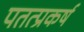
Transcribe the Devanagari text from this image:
पतत्प्रकर्ष